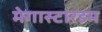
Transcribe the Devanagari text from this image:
मेगास्टारडम